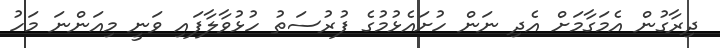
ދިރާގުން އެމަގާމަށް އެދި ނަން ހުށައެޅުމުގެ ފުރުސަތު ހުޅުވާލާފައި ވަނީ މިއަންނަ މަހު